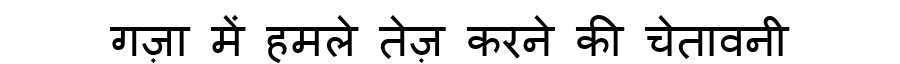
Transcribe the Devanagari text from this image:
गज़ा में हमले तेज़ करने की चेतावनी